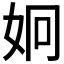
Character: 𭑳